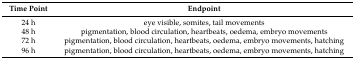
<table><thead><tr><td><b>Time Point </b></td><td><b>Endpoint</b></td></tr></thead><tbody><tr><td>24 h</td><td>eye visible, somites, tail movements</td></tr><tr><td>48 h</td><td>pigmentation, blood circulation, heartbeats, oedema, embryo movements</td></tr><tr><td>72 h</td><td>pigmentation, blood circulation, heartbeats, oedema, embryo movements, hatching</td></tr><tr><td>96 h</td><td>pigmentation, blood circulation, heartbeats, oedema, embryo movements, hatching</td></tr></tbody></table>